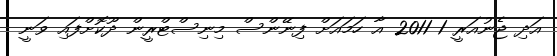
އަދި ޖެނުއަރީ 1 2011 އާ ހަމައަށް ފިނޭންސް މިނިސްޓްރީން ދޫކޮށްފައި ވަނީ